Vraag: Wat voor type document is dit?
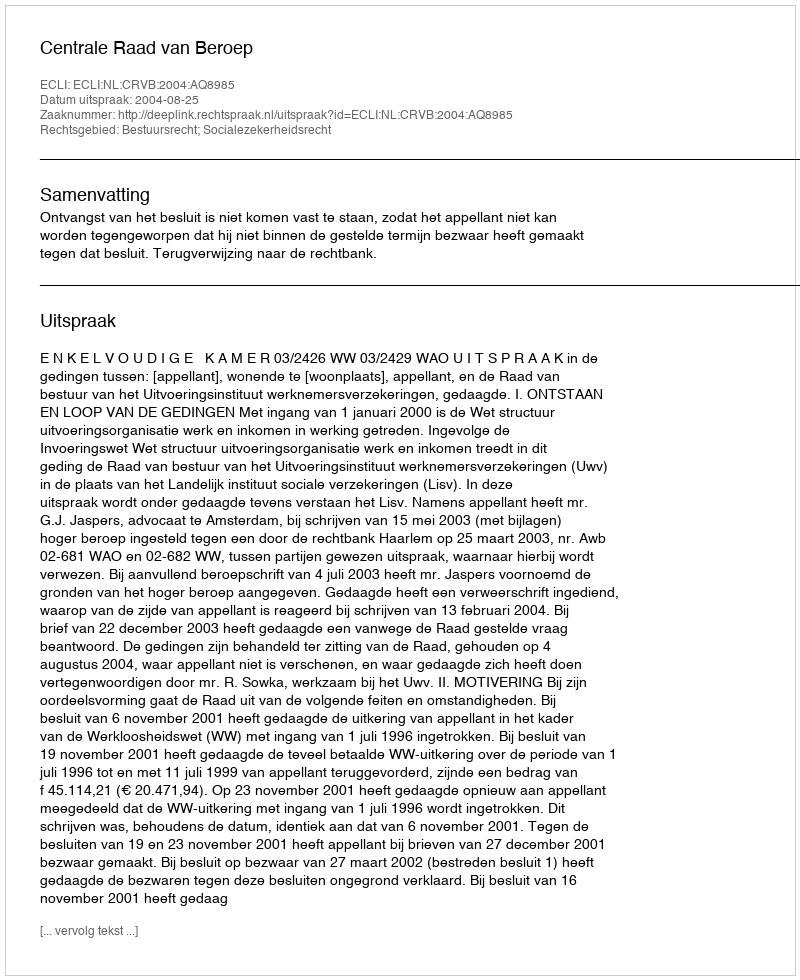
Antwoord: Uitspraak